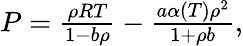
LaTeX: \begin{array}{r}{P=\frac{\rho RT}{1-b\rho}-\frac{a\alpha(T)\rho^{2}}{1+\rho b},}\end{array}